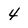
Character: 4